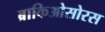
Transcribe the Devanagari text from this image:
ब्राकिओसोरस